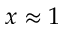
x \approx 1